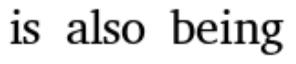
is also being